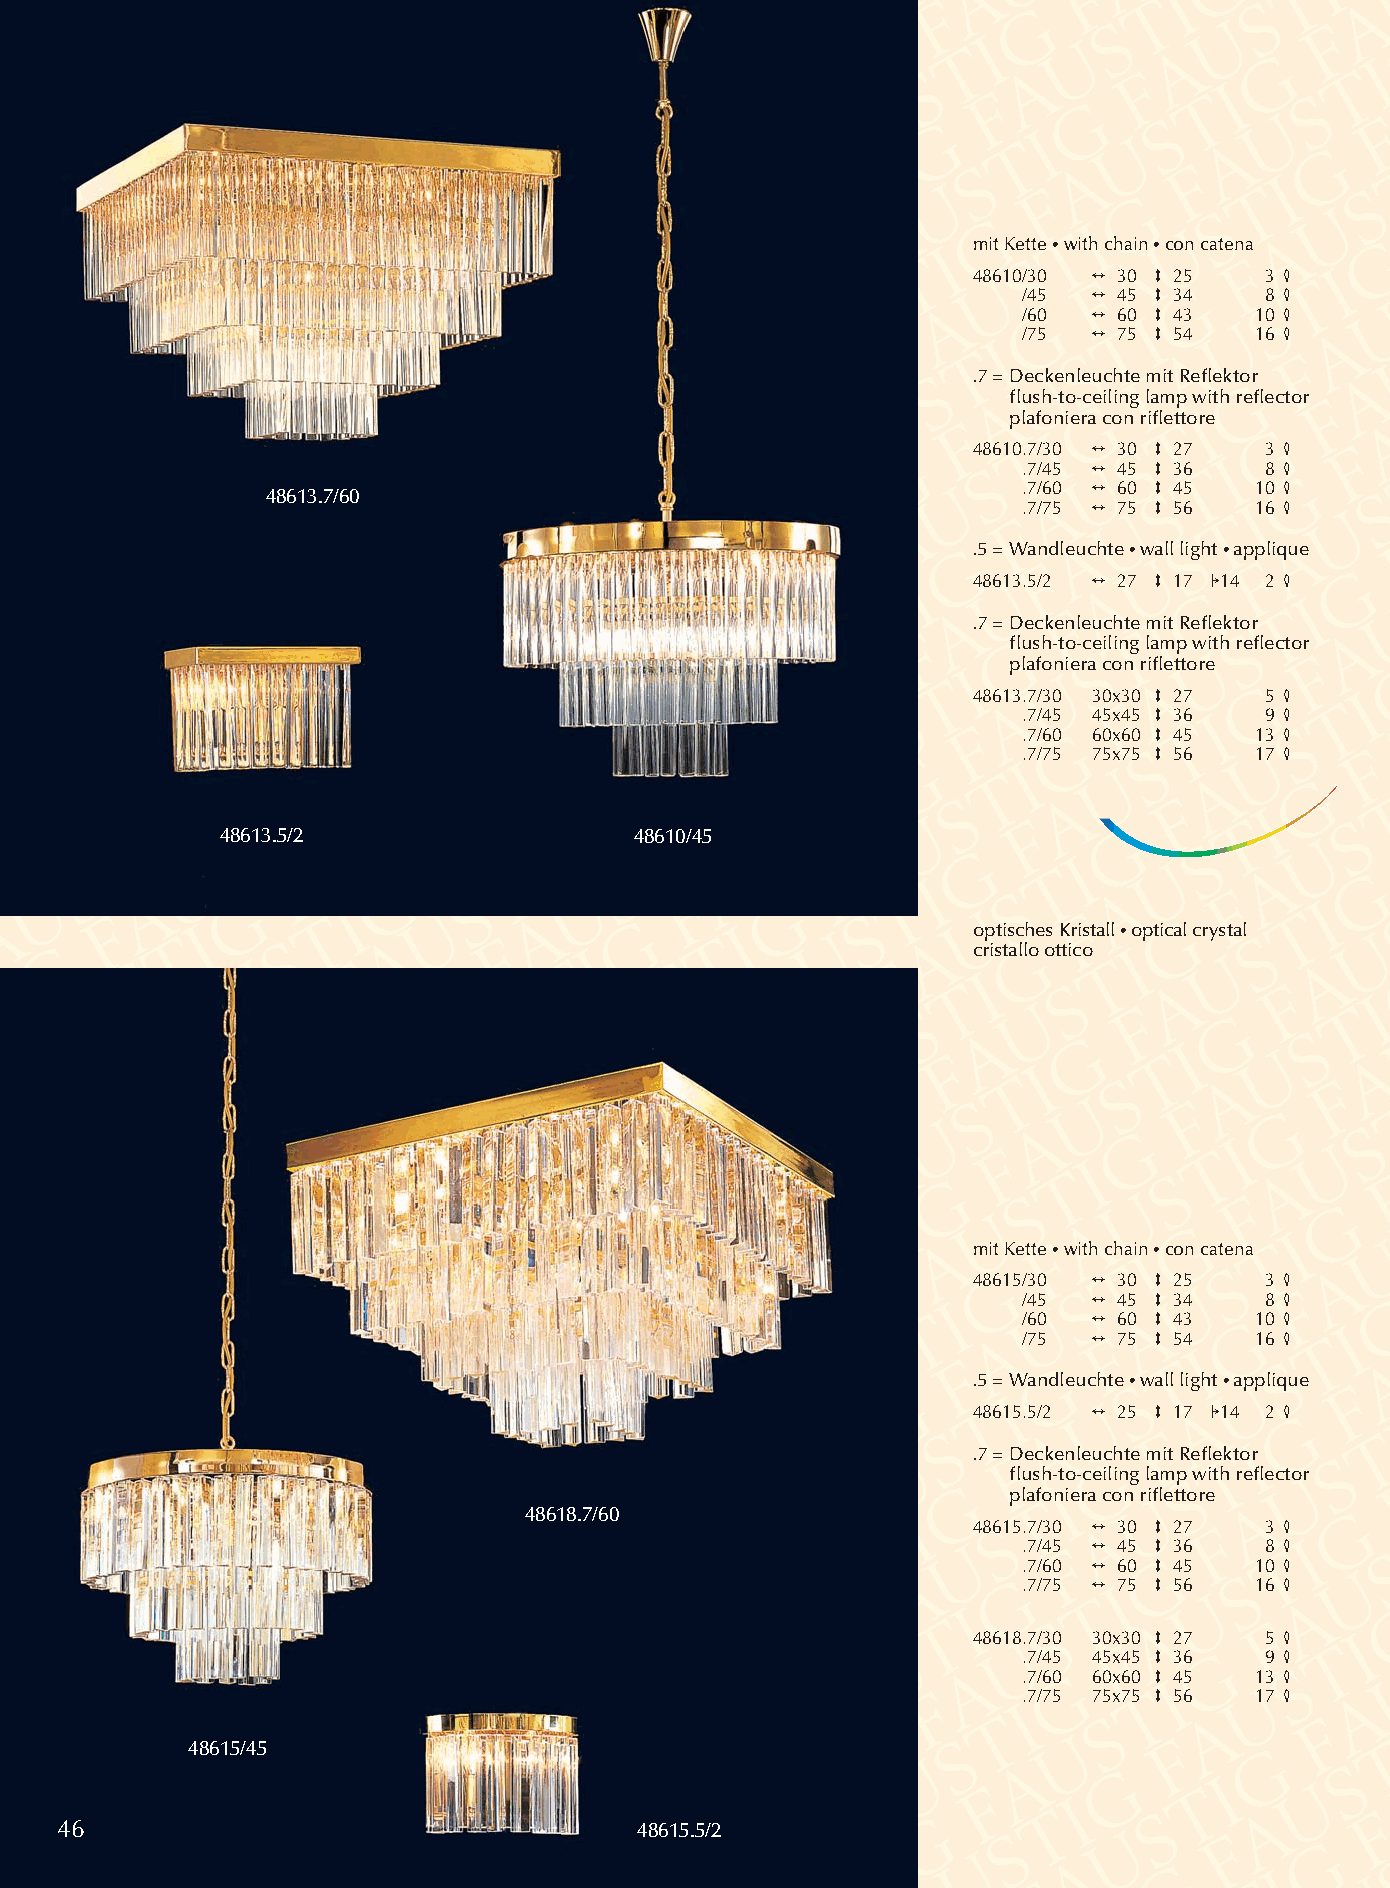
mit Kette •with chain •con catena
 48610/30 2 30 3 25  3 4
 /45 2 45 3 34   8 4
 /60 2 60 3 43  10 4
 /75 2 75 3 54  16 4
 .7 =Deckenleuchte mit Reflektor
 flush-to-ceiling lamp with reflector
 plafoniera con riflettore
 48610.7/30 2 30 3 27 3 4
 .7/45 2 45 3 36 8 4
 .7/60 2 60 3 45 10 4
 48613.7/60
 .7/75 2 75 3 56 16 4
 .5 = Wandleuchte •wall light •applique
 48613.5/2 2 27 3 17 114 2 4
 .7 =Deckenleuchte mit Reflektor
 flush-to-ceiling lamp with reflector
 plafoniera con riflettore
 48613.7/30 30x30 3 27 5 4
 .7/45 45x45 3 36 9 4
 .7/60 60x60 3 45 13 4
 .7/75 75x75 3 56 17 4
 48613.5/2                  48610/45
 optisches Kristall •optical crystal
 cristallo ottico
 mit Kette •with chain •con catena
 48615/30 2 30 3 25  3 4
 /45 2 45 3 34   8 4
 /60 2 60 3 43  10 4
 /75 2 75 3 54  16 4
 .5 = Wandleuchte •wall light •applique
 48615.5/2 2 25 3 17 114 2 4
 .7 =Deckenleuchte mit Reflektor
 flush-to-ceiling lamp with reflector
 plafoniera con riflettore
 48618.7/60
 48615.7/30 2 30 3 27 3 4
 .7/45 2 45 3 36 8 4
 .7/60 2 60 3 45 10 4
 .7/75 2 75 3 56 16 4
 48618.7/30 30x30 3 27 5 4
 .7/45 45x45 3 36 9 4
 .7/60 60x60 3 45 13 4
 .7/75 75x75 3 56 17 4
 48615/45
 46                                    48615.5/2